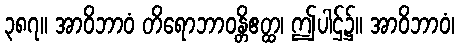
၃၈၇။ အာဝိဘာဝံ တိရောဘာဝန္တိဧတ္ထ၊ ဤပါဌ်၌။ အာဝိဘာဝံ၊